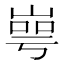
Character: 㟧